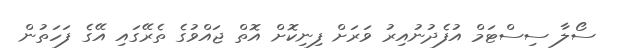
ސޯލާ ސިސްޓަމް އުފެދުނުއިރު ވަރަށް ފިނިކޮށް އޮތް ޖައްވުގެ ތެރޭގައި އޭގެ ފަހަތުން